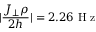
| \frac { J _ { \perp } \rho } { 2 h } | = 2 . 2 6 \mathrm { ~ H ~ z ~ }